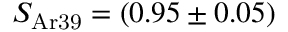
S _ { \mathrm { A r 3 9 } } = ( 0 . 9 5 \pm 0 . 0 5 )